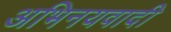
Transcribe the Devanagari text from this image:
अभिनयवादी